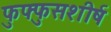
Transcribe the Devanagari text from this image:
फुफ्फुसशीर्ष